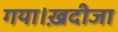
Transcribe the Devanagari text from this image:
गया।ख़दीजा